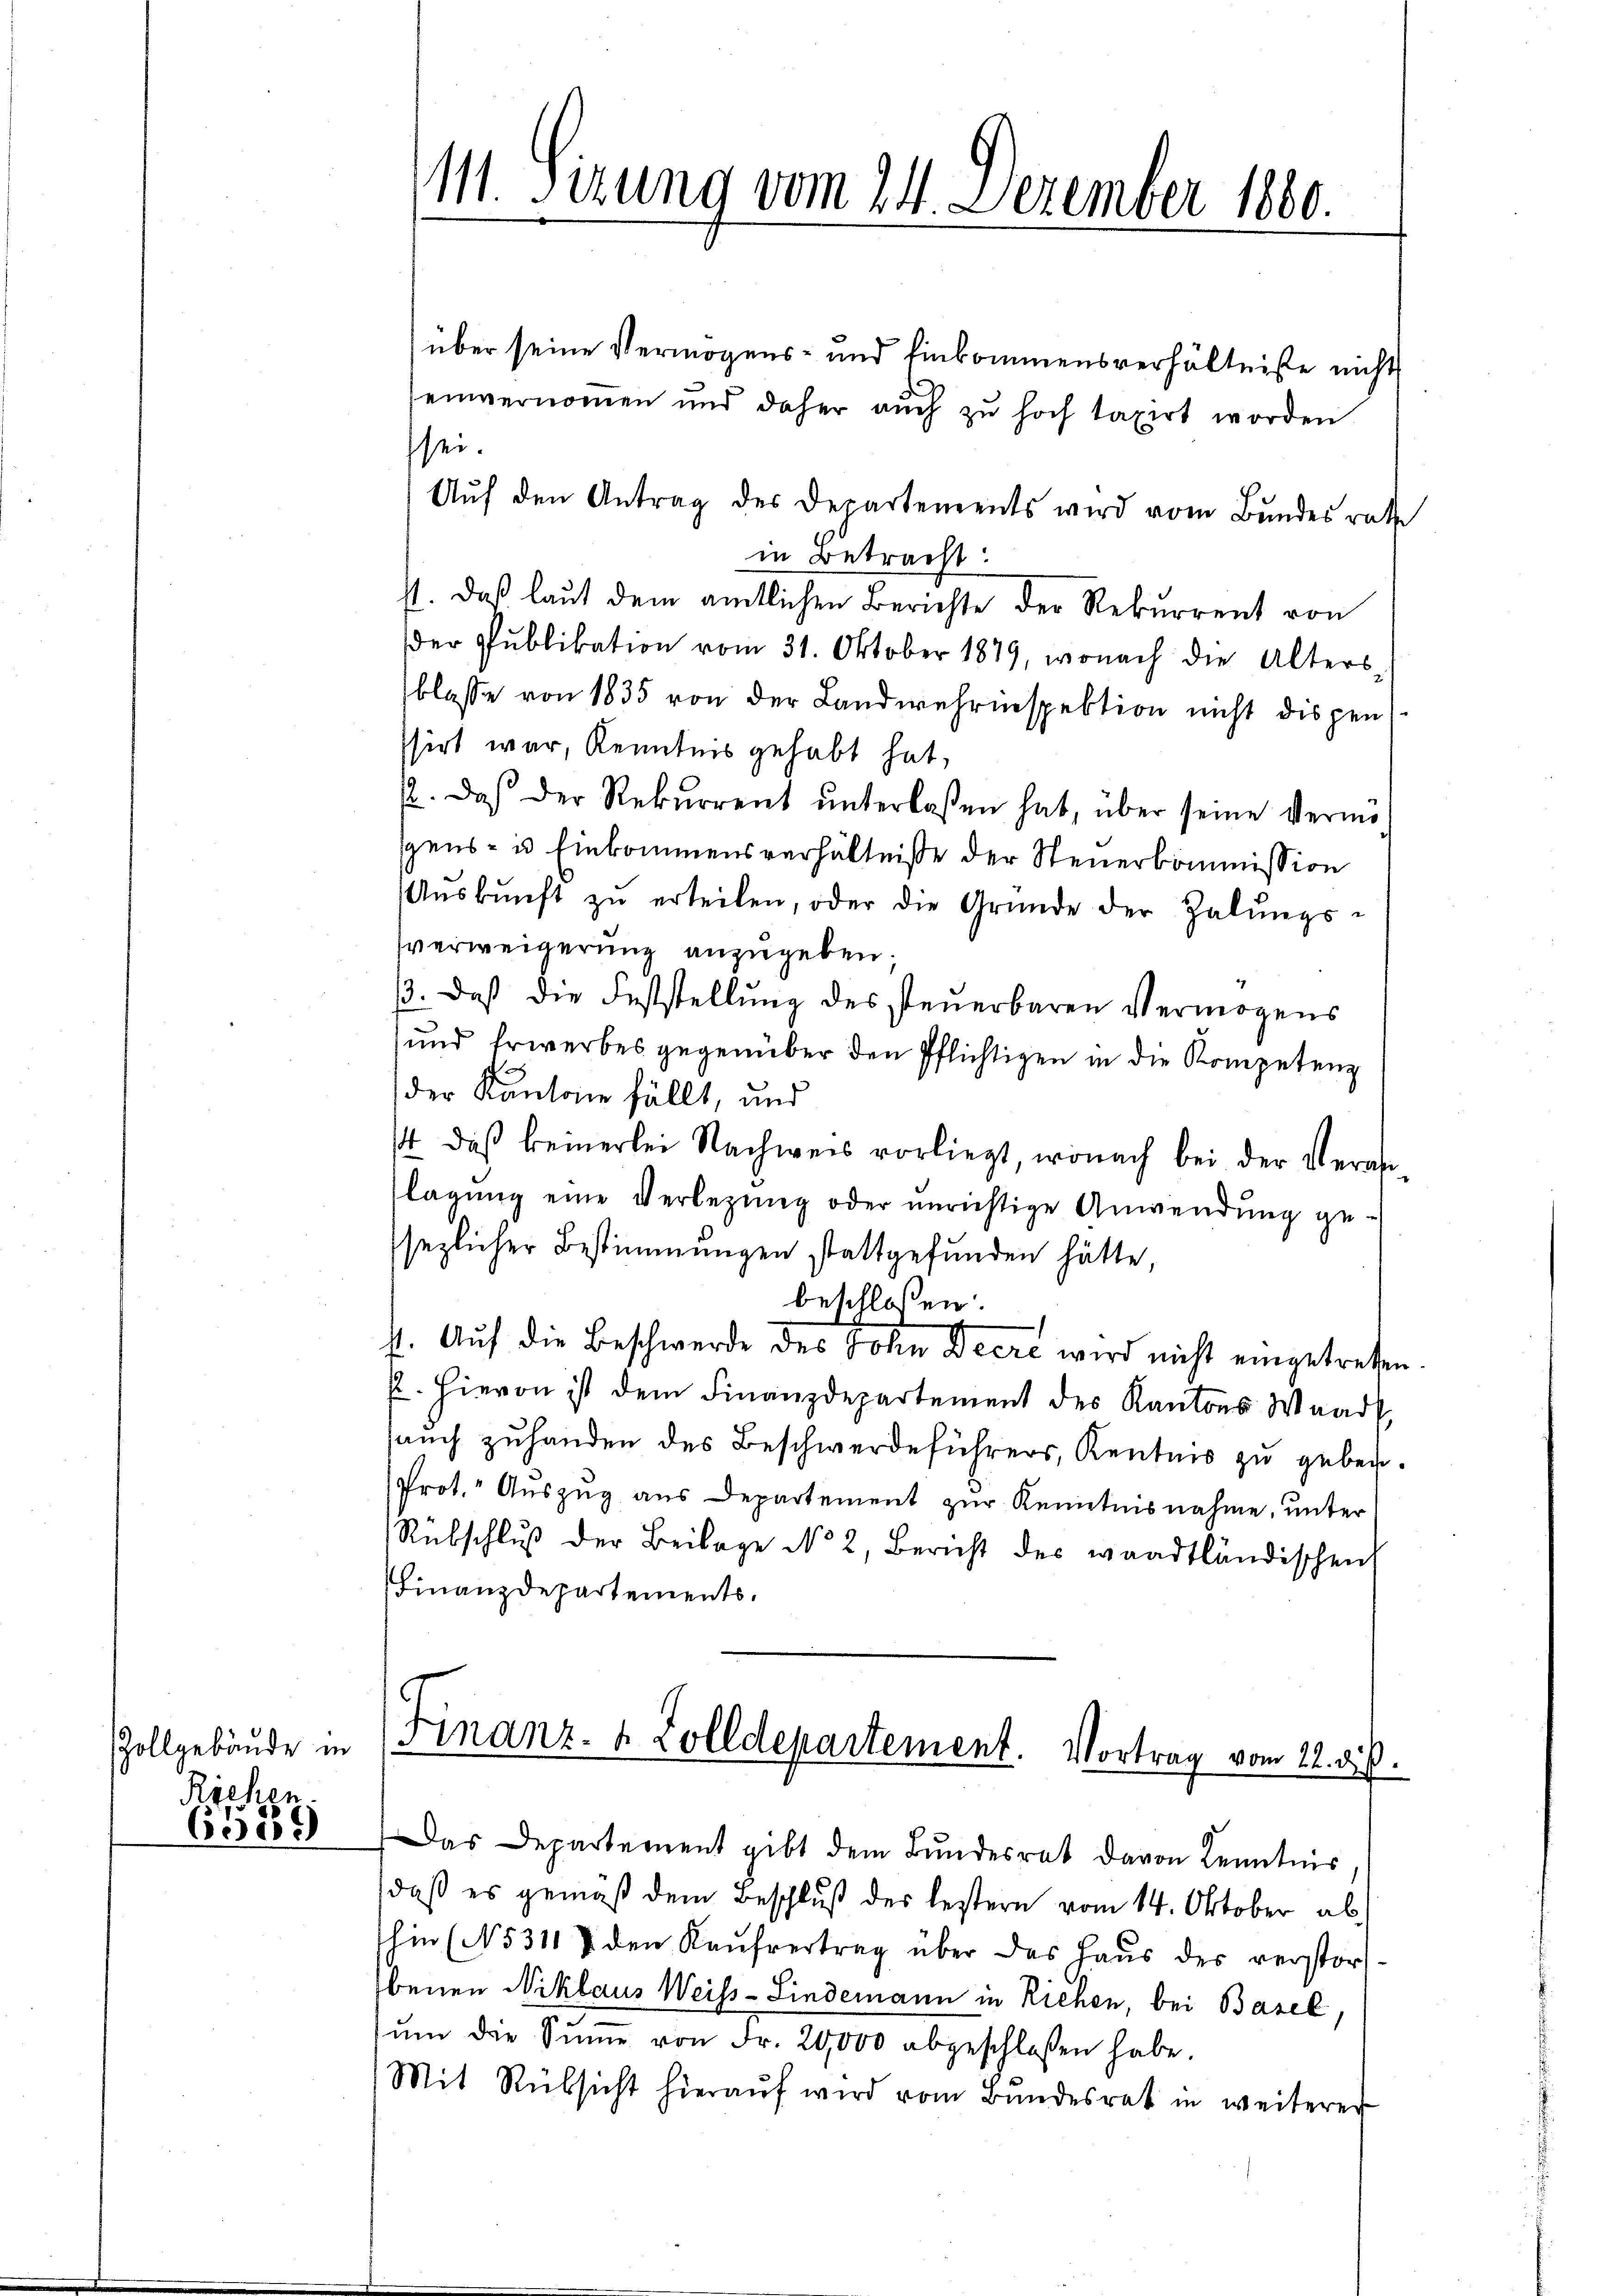
Zollgebäude in
Richen

6589

über seine Vermögens- und Einkommensverhältniße nicht
einvernommen und daher auch zu hoch taxirt worden.
sei.
Auf den Antrag des Departements wird vom Bundesrathe
in Betracht:
st. Daß laut dem amtlichen Berichte der Rekurrent von
der Publikation vom 31. Oktober 1879, wonach die Alters
blasse von 1835 von der Landwehrenspektion nicht dispen
ssirt war, Kenntnis gehabt hat,
. Das der Rekurrent ŭnterlaßen hat, über seine Vermögens- u Einkommensverhältniße der Steuerkommission
Aŭskŭnft zŭ erteilen, oder die Gründe der Zalŭngs-
sverweigerung anzugeben.
3. Daß die Feststellung des steuerbaren Vermögens
und Erwerbes gegenüber den Pflichtigen in die Kompetenz
der Kantone fällt, und
4 das keinerlei Nachweis vorliegt, wonach bei der Veranlagŭng eine Verlegŭng oder unrichtige Anwendŭng ge-
sezlicher Bestimmungen stattgefunden hätte,
beschlossen:
4. Auf die Beschwerde des John Decre wird nicht eingetreten.
P. Hievon ist dem Finanzdepartement des Kantons Waadt
sauch zuhanden des Beschwerdeführers, Kentnis zu geben.
Prot." Aŭszŭg aŭs Departement zŭr Kenntnisnahme, unter
Rübschlŭβ der Beilage No 2, Bericht der waadtländischen
Finanzdepartements.

111. Sizung vom 24. Dezember 1880.

(Finanz- 4 Zolldepartement. Vortrag vom 22. die

Das Departement gibt dem Bundesrat davon Kenntnis
daß es gemäß dem Beschluß des lestern vom 14. Oktober abhin (N5 311 & den Kaŭfvertrag über das Haŭs des verstor-
benen Niklaus Weiss-Lindemann in Riehen, bei Basel,
ŭm die Sŭṁe von Fr. 20,000 abgeschlossen habe.
Mit Rüksicht hieraŭf wird vom Bundesrat in weiterer